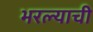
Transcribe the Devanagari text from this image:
भरल्याची